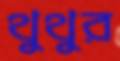
থুথুর